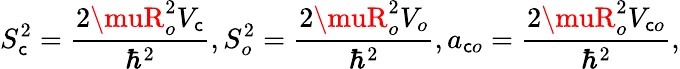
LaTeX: S_{\mathsf{c}}^{2}=\frac{{2\muR_{o}^{2}V_{\mathsf{c}}}}{{\hbar^{2}}},S_{o}^{2}=\frac{{2\muR_{o}^{2}V_{o}}}{{\hbar^{2}}},a_{\mathsf{c}o}=\frac{{2\muR_{o}^{2}V_{\mathsf{c}o}}}{{\hbar^{2}}},